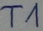
Text: T1